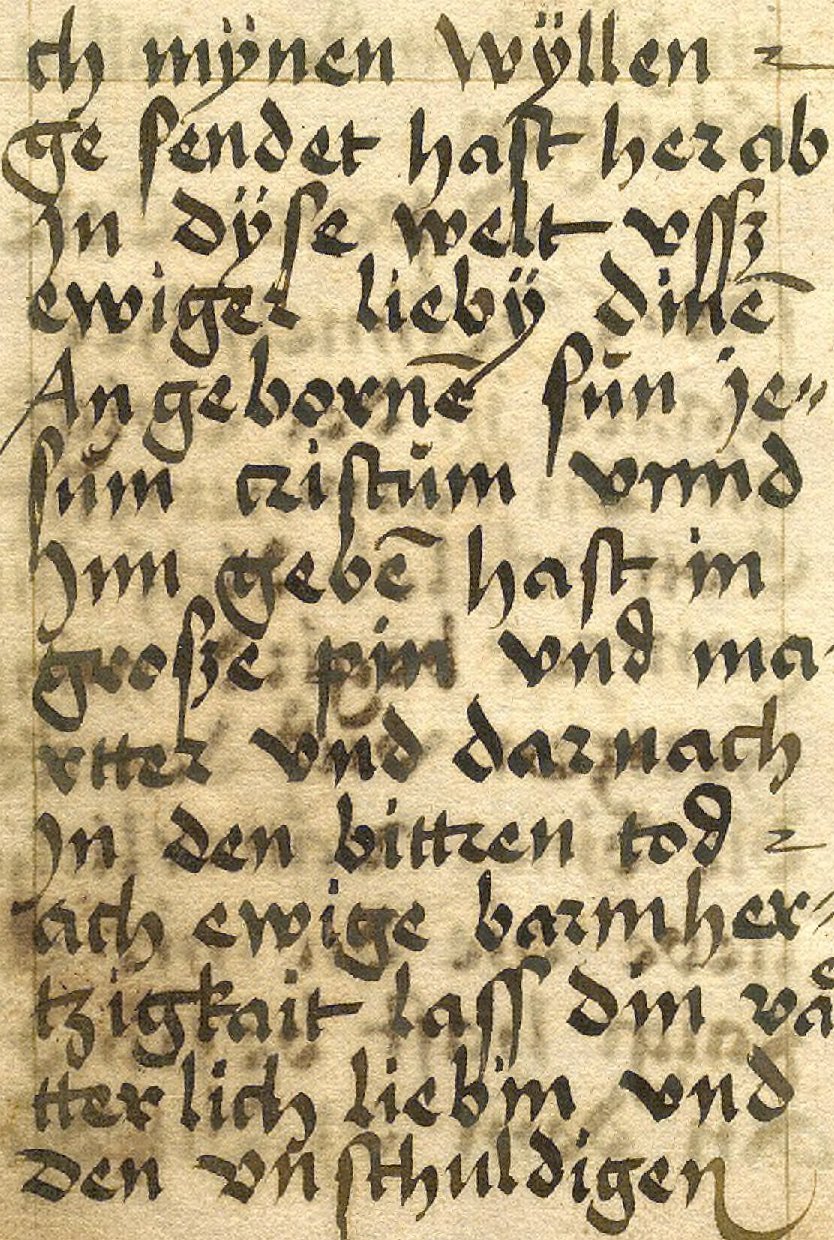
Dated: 1533–1565